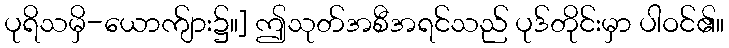
ပုရိသမှိ-ယောက်ျား၌။] ဤသုတ်အစီအရင်သည် ပုဒ်တိုင်းမှာ ပါဝင်၏။